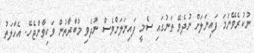
ނުކުރެވޭނަމަ ފައިނަލަށް ނުދެވޭ ތަނުގައި ސެމީ ފައިނަލަށްވެސް ނުދެވި މުބާރާތުން ވަކިވާންޖެހޭ. އެހާލަތު